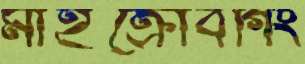
মাইক্রোবগিং